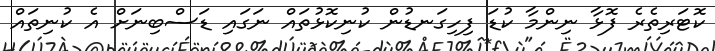
ކޮޓަރިތެރެ ފޮޅާ ނިންމާ ކުޑަ ފިހިގަނޑުން ކުނިކޮޅުތައް ނަގައި ޑަސްބިނަށް އެ ކުނިތައް